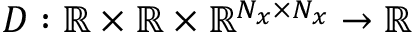
D : \mathbb { R } \times \mathbb { R } \times \mathbb { R } ^ { N _ { x } \times N _ { x } } \to \mathbb { R }